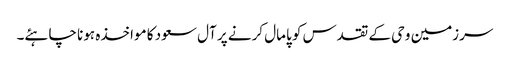
سرزمین وحی کے تقدس کو پامال کرنے پر آل سعود کا مواخذہ ہونا چاہئے۔